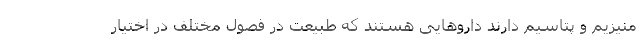
منیزیم و پتاسیم دارند داروهایی هستند که طبیعت در فصول مختلف در اختیار